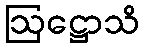
ဩဋ္ဌောသိ